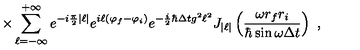
\times \sum _ { \ell = - \infty } ^ { + \infty } e ^ { - i \frac { \pi } { 2 } | \ell | } e ^ { i \ell ( \varphi _ { f } - \varphi _ { i } ) } e ^ { - \frac { i } { 2 } \hbar \Delta t g ^ { 2 } \ell ^ { 2 } } J _ { | \ell | } \left( \frac { \omega r _ { f } r _ { i } } { \hbar \sin \omega \Delta t } \right) \ ,